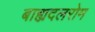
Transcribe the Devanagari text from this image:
बाह्यदलरोम